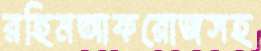
রহিমআফরোজসহ